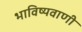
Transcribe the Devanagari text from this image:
भाविष्यवाणी